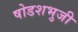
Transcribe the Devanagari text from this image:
षोडशभुजी